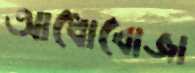
আধোবোজা